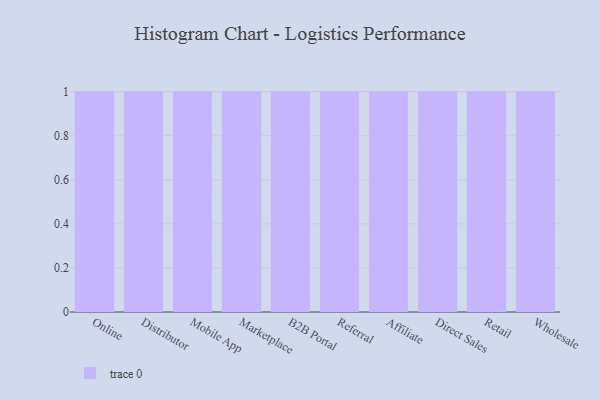
{"axis": {"x": "Channel", "y": "Humidity (%)"}, "legend": [""], "data": [{"x": "Online", "y": 71, "type": ""}, {"x": "Distributor", "y": 46, "type": ""}, {"x": "Mobile App", "y": 73, "type": ""}, {"x": "Marketplace", "y": 84, "type": ""}, {"x": "B2B Portal", "y": 46, "type": ""}, {"x": "Referral", "y": 8, "type": ""}, {"x": "Affiliate", "y": 20, "type": ""}, {"x": "Direct Sales", "y": 31, "type": ""}, {"x": "Retail", "y": 84, "type": ""}, {"x": "Wholesale", "y": 38, "type": ""}]}